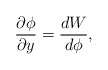
\begin{align*}\frac{\partial \phi}{\partial y} = \frac{dW}{d\phi} ,\end{align*}